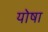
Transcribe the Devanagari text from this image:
योषा